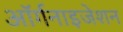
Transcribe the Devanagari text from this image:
अॉर्गनाइजेशन